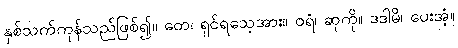
နှစ်သက်ကုန်သည်ဖြစ်၍။ တေ၊ ရှင်ရသေ့အား။ ဝရံ၊ ဆုကို။ ဒဒါမိ၊ ပေးအံ့။